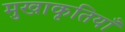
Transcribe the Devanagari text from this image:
मुखाकृतियाँ